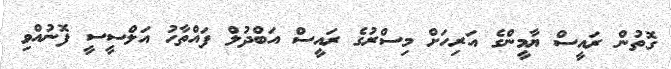
ގޮތުން ރައީސް ޔާމީންގެ އަރިހަށް މިސްރުގެ ރައީސް އަބްދުލް ފައްތާހު އަލްސީސީ ފޮނުއްވި